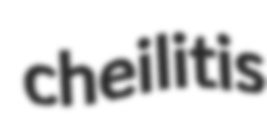
cheilitis